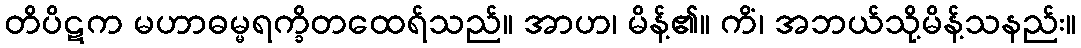
တိပိဋက မဟာဓမ္မရက္ခိတထေရ်သည်။ အာဟ၊ မိန့်၏။ ကိံ၊ အဘယ်သို့မိန့်သနည်း။